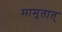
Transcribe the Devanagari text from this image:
मामृतात्‌